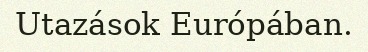
Utazások Európában.